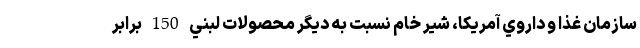
سازمان غذا و داروي آمريكا، شير خام نسبت به ديگر محصولات لبني 150 برابر